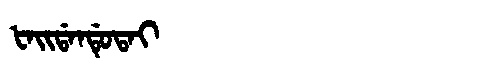
Manchu: ᡶᠠᡳᡩᠠᠨᡩᡠᡨᠠᡳ
Romanization: FAIDANDUTAI